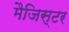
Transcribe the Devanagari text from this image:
मैजिस्टर